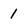
Character: 1